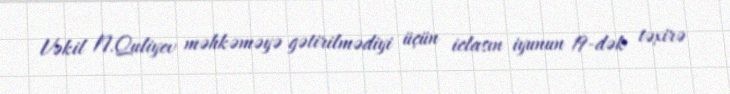
Vəkil N.Quliyev məhkəməyə gətirilmədiyi üçün iclasın iyunun 19-dək təxirə